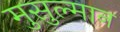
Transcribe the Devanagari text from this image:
मुसुल्मान